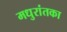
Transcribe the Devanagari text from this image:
मधुरांतका